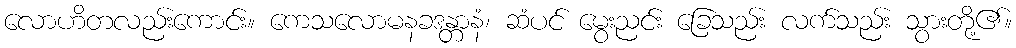
လောဟိတလည်းကောင်း။ ကေသလောမနခဒန္တာနံ၊ ဆံပင် မွေးညင်း ခြေသည်း လက်သည်း သွားတို့၏။